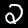
Digit: 2